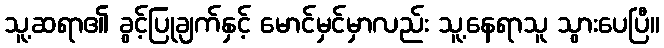
သူ့ဆရာ၏ ခွင့်ပြုချက်နှင့် မောင်မှင်မှာလည်း သူ့နေရာသူ သွားပေပြီ။